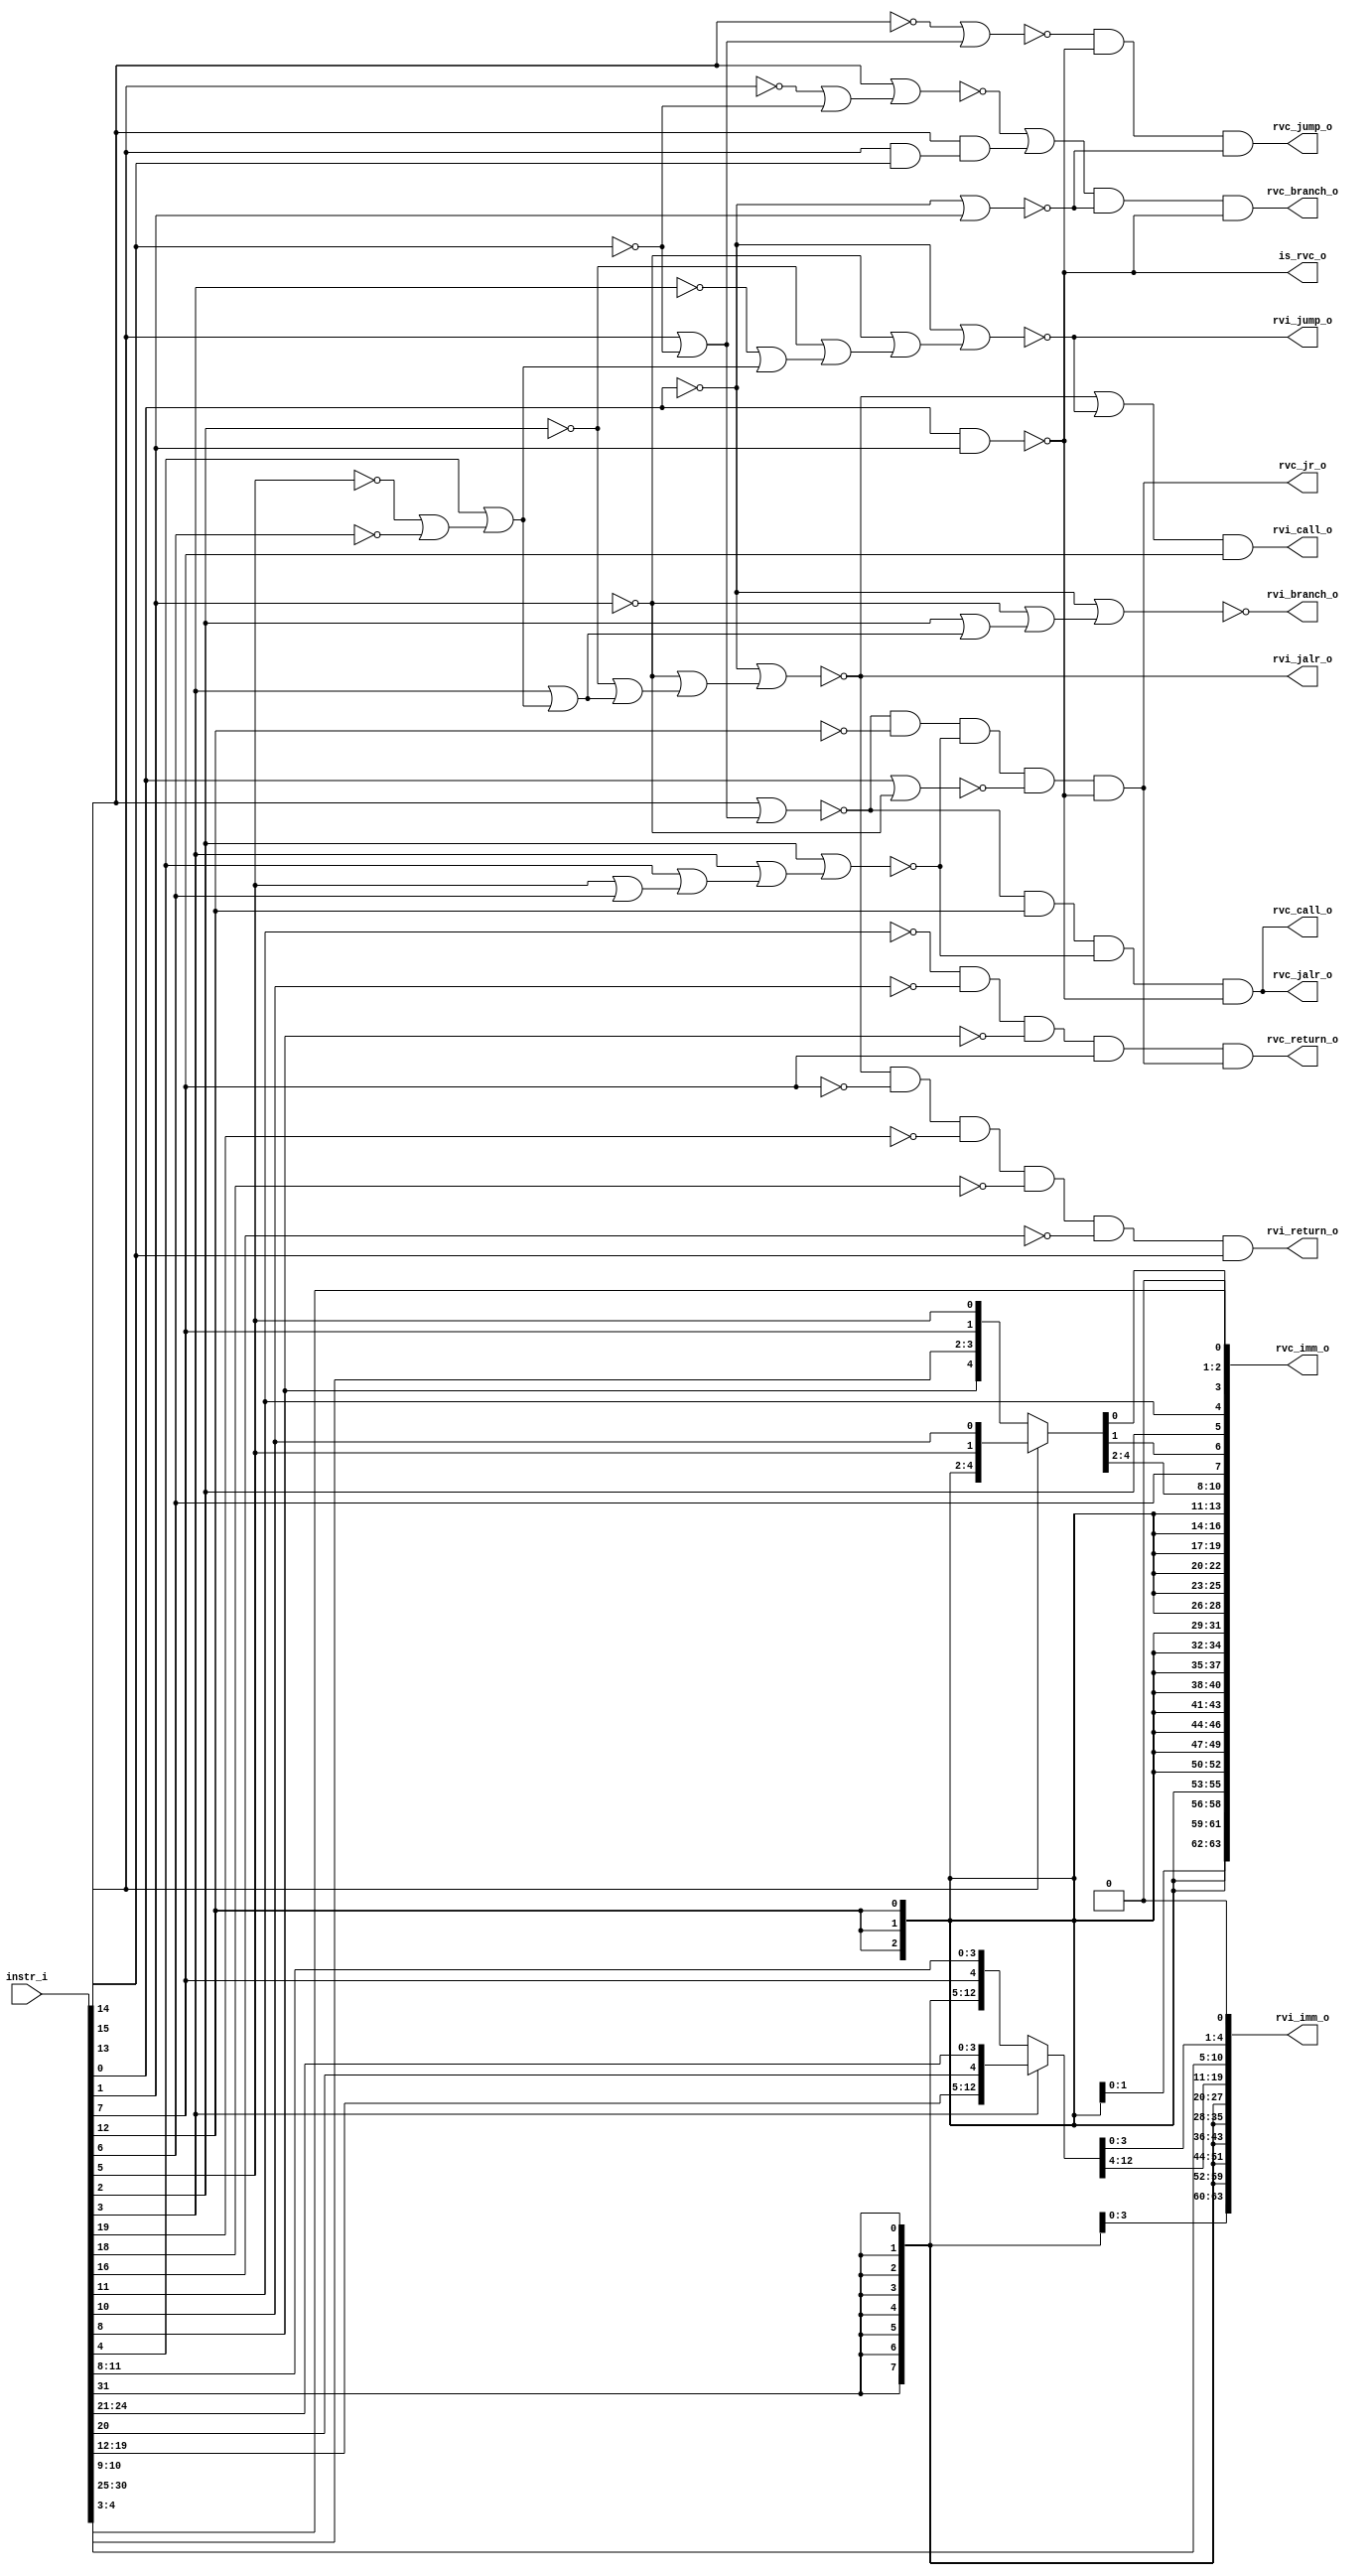
module instr_scan
(
  instr_i,
  is_rvc_o,
  rvi_return_o,
  rvi_call_o,
  rvi_branch_o,
  rvi_jalr_o,
  rvi_jump_o,
  rvi_imm_o,
  rvc_branch_o,
  rvc_jump_o,
  rvc_jr_o,
  rvc_return_o,
  rvc_jalr_o,
  rvc_call_o,
  rvc_imm_o
);

  input [31:0] instr_i;
  output [63:0] rvi_imm_o;
  output [63:0] rvc_imm_o;
  output is_rvc_o;
  output rvi_return_o;
  output rvi_call_o;
  output rvi_branch_o;
  output rvi_jalr_o;
  output rvi_jump_o;
  output rvc_branch_o;
  output rvc_jump_o;
  output rvc_jr_o;
  output rvc_return_o;
  output rvc_jalr_o;
  output rvc_call_o;
  wire [63:0] rvi_imm_o,rvc_imm_o;
  wire is_rvc_o,rvi_return_o,rvi_call_o,rvi_branch_o,rvi_jalr_o,rvi_jump_o,
  rvc_branch_o,rvc_jump_o,rvc_jr_o,rvc_return_o,rvc_jalr_o,rvc_call_o,N0,N1,rvc_jalr_o,N2,N3,
  N4,N5,N6,N7,N8,N9,N10,N11,N12,N13,N14,N15,N16,N17,N18,N19,N20,N21,N22,N23,N24,
  N25,N26,N27,N28,N29,N30,N31,N32,N33,N35,N36,N37,N38,N39,N40,N41,N42,N43,N44,N45,
  N46,N47,N48,N49,N50,N51,N52,N53,N54,N55,N56,N57,N58,N59,N60,N61,N62,N63,N64,N65,
  N66,N67,N68,N69,N70,N71,N72,N73,N74,N75,N76,N77,N78,N79,N80,N81,N82,N83;
  assign rvc_imm_o[0] = 1'b0;
  assign rvi_imm_o[0] = 1'b0;
  assign rvi_imm_o[20] = instr_i[31];
  assign rvi_imm_o[21] = instr_i[31];
  assign rvi_imm_o[22] = instr_i[31];
  assign rvi_imm_o[23] = instr_i[31];
  assign rvi_imm_o[24] = instr_i[31];
  assign rvi_imm_o[25] = instr_i[31];
  assign rvi_imm_o[26] = instr_i[31];
  assign rvi_imm_o[27] = instr_i[31];
  assign rvi_imm_o[28] = instr_i[31];
  assign rvi_imm_o[29] = instr_i[31];
  assign rvi_imm_o[30] = instr_i[31];
  assign rvi_imm_o[31] = instr_i[31];
  assign rvi_imm_o[32] = instr_i[31];
  assign rvi_imm_o[33] = instr_i[31];
  assign rvi_imm_o[34] = instr_i[31];
  assign rvi_imm_o[35] = instr_i[31];
  assign rvi_imm_o[36] = instr_i[31];
  assign rvi_imm_o[37] = instr_i[31];
  assign rvi_imm_o[38] = instr_i[31];
  assign rvi_imm_o[39] = instr_i[31];
  assign rvi_imm_o[40] = instr_i[31];
  assign rvi_imm_o[41] = instr_i[31];
  assign rvi_imm_o[42] = instr_i[31];
  assign rvi_imm_o[43] = instr_i[31];
  assign rvi_imm_o[44] = instr_i[31];
  assign rvi_imm_o[45] = instr_i[31];
  assign rvi_imm_o[46] = instr_i[31];
  assign rvi_imm_o[47] = instr_i[31];
  assign rvi_imm_o[48] = instr_i[31];
  assign rvi_imm_o[49] = instr_i[31];
  assign rvi_imm_o[50] = instr_i[31];
  assign rvi_imm_o[51] = instr_i[31];
  assign rvi_imm_o[52] = instr_i[31];
  assign rvi_imm_o[53] = instr_i[31];
  assign rvi_imm_o[54] = instr_i[31];
  assign rvi_imm_o[55] = instr_i[31];
  assign rvi_imm_o[56] = instr_i[31];
  assign rvi_imm_o[57] = instr_i[31];
  assign rvi_imm_o[58] = instr_i[31];
  assign rvi_imm_o[59] = instr_i[31];
  assign rvi_imm_o[60] = instr_i[31];
  assign rvi_imm_o[61] = instr_i[31];
  assign rvi_imm_o[62] = instr_i[31];
  assign rvi_imm_o[63] = instr_i[31];
  assign rvi_imm_o[10] = instr_i[30];
  assign rvi_imm_o[9] = instr_i[29];
  assign rvi_imm_o[8] = instr_i[28];
  assign rvi_imm_o[7] = instr_i[27];
  assign rvi_imm_o[6] = instr_i[26];
  assign rvi_imm_o[5] = instr_i[25];
  assign rvc_imm_o[11] = instr_i[12];
  assign rvc_imm_o[12] = instr_i[12];
  assign rvc_imm_o[13] = instr_i[12];
  assign rvc_imm_o[14] = instr_i[12];
  assign rvc_imm_o[15] = instr_i[12];
  assign rvc_imm_o[16] = instr_i[12];
  assign rvc_imm_o[17] = instr_i[12];
  assign rvc_imm_o[18] = instr_i[12];
  assign rvc_imm_o[19] = instr_i[12];
  assign rvc_imm_o[20] = instr_i[12];
  assign rvc_imm_o[21] = instr_i[12];
  assign rvc_imm_o[22] = instr_i[12];
  assign rvc_imm_o[23] = instr_i[12];
  assign rvc_imm_o[24] = instr_i[12];
  assign rvc_imm_o[25] = instr_i[12];
  assign rvc_imm_o[26] = instr_i[12];
  assign rvc_imm_o[27] = instr_i[12];
  assign rvc_imm_o[28] = instr_i[12];
  assign rvc_imm_o[29] = instr_i[12];
  assign rvc_imm_o[30] = instr_i[12];
  assign rvc_imm_o[31] = instr_i[12];
  assign rvc_imm_o[32] = instr_i[12];
  assign rvc_imm_o[33] = instr_i[12];
  assign rvc_imm_o[34] = instr_i[12];
  assign rvc_imm_o[35] = instr_i[12];
  assign rvc_imm_o[36] = instr_i[12];
  assign rvc_imm_o[37] = instr_i[12];
  assign rvc_imm_o[38] = instr_i[12];
  assign rvc_imm_o[39] = instr_i[12];
  assign rvc_imm_o[40] = instr_i[12];
  assign rvc_imm_o[41] = instr_i[12];
  assign rvc_imm_o[42] = instr_i[12];
  assign rvc_imm_o[43] = instr_i[12];
  assign rvc_imm_o[44] = instr_i[12];
  assign rvc_imm_o[45] = instr_i[12];
  assign rvc_imm_o[46] = instr_i[12];
  assign rvc_imm_o[47] = instr_i[12];
  assign rvc_imm_o[48] = instr_i[12];
  assign rvc_imm_o[49] = instr_i[12];
  assign rvc_imm_o[50] = instr_i[12];
  assign rvc_imm_o[51] = instr_i[12];
  assign rvc_imm_o[52] = instr_i[12];
  assign rvc_imm_o[53] = instr_i[12];
  assign rvc_imm_o[54] = instr_i[12];
  assign rvc_imm_o[55] = instr_i[12];
  assign rvc_imm_o[56] = instr_i[12];
  assign rvc_imm_o[57] = instr_i[12];
  assign rvc_imm_o[58] = instr_i[12];
  assign rvc_imm_o[59] = instr_i[12];
  assign rvc_imm_o[60] = instr_i[12];
  assign rvc_imm_o[61] = instr_i[12];
  assign rvc_imm_o[62] = instr_i[12];
  assign rvc_imm_o[63] = instr_i[12];
  assign rvc_imm_o[7] = instr_i[6];
  assign rvc_imm_o[5] = instr_i[2];
  assign rvc_imm_o[4] = instr_i[11];
  assign rvc_imm_o[2] = instr_i[4];
  assign rvc_imm_o[1] = instr_i[3];
  assign rvc_call_o = rvc_jalr_o;
  assign N4 = ~instr_i[15];
  assign N5 = ~instr_i[14];
  assign N6 = N5 | N4;
  assign N7 = instr_i[13] | N6;
  assign N8 = ~N7;
  assign N9 = instr_i[14] & instr_i[15];
  assign N10 = instr_i[13] & N9;
  assign N11 = ~instr_i[0];
  assign N12 = N11 | instr_i[1];
  assign N13 = ~N12;
  assign N14 = ~instr_i[13];
  assign N15 = instr_i[14] | N4;
  assign N16 = N14 | N15;
  assign N17 = ~N16;
  assign N18 = instr_i[13] | N15;
  assign N19 = ~N18;
  assign N20 = instr_i[5] | instr_i[6];
  assign N21 = instr_i[4] | N20;
  assign N22 = instr_i[3] | N21;
  assign N23 = instr_i[2] | N22;
  assign N24 = ~N23;
  assign N25 = instr_i[5] | instr_i[6];
  assign N26 = instr_i[4] | N25;
  assign N27 = instr_i[3] | N26;
  assign N28 = instr_i[2] | N27;
  assign N29 = ~N28;
  assign N30 = ~instr_i[1];
  assign N31 = instr_i[0] | N30;
  assign N32 = ~N31;
  assign N33 = instr_i[0] & instr_i[1];
  assign is_rvc_o = ~N33;
  assign N35 = ~instr_i[6];
  assign N36 = ~instr_i[5];
  assign N37 = N36 | N35;
  assign N38 = instr_i[4] | N37;
  assign N39 = instr_i[3] | N38;
  assign N40 = instr_i[2] | N39;
  assign N41 = N30 | N40;
  assign N42 = N11 | N41;
  assign N43 = ~N42;
  assign N44 = ~instr_i[2];
  assign N45 = N36 | N35;
  assign N46 = instr_i[4] | N45;
  assign N47 = instr_i[3] | N46;
  assign N48 = N44 | N47;
  assign N49 = N30 | N48;
  assign N50 = N11 | N49;
  assign N51 = ~N50;
  assign N52 = ~instr_i[3];
  assign N53 = N36 | N35;
  assign N54 = instr_i[4] | N53;
  assign N55 = N52 | N54;
  assign N56 = N44 | N55;
  assign N57 = N30 | N56;
  assign N58 = N11 | N57;
  assign N59 = ~N58;
  assign { rvi_imm_o[19:11], rvi_imm_o[4:1] } = (N0)? { instr_i[19:12], instr_i[20:20], instr_i[24:21] } : 
                                                (N2)? { instr_i[31:31], instr_i[31:31], instr_i[31:31], instr_i[31:31], instr_i[31:31], instr_i[31:31], instr_i[31:31], instr_i[31:31], instr_i[7:7], instr_i[11:8] } : 1'b0;
  assign N0 = instr_i[3];
  assign { rvc_imm_o[10:8], rvc_imm_o[6:6], rvc_imm_o[3:3] } = (N1)? { instr_i[12:12], instr_i[12:12], instr_i[12:12], instr_i[5:5], instr_i[10:10] } : 
                                                               (N3)? { instr_i[8:8], instr_i[10:9], instr_i[7:7], instr_i[5:5] } : 1'b0;
  assign N1 = instr_i[14];
  assign rvi_return_o = N67 & instr_i[15];
  assign N67 = N65 & N66;
  assign N65 = N63 & N64;
  assign N63 = N61 & N62;
  assign N61 = rvi_jalr_o & N60;
  assign N60 = ~instr_i[7];
  assign N62 = ~instr_i[19];
  assign N64 = ~instr_i[18];
  assign N66 = ~instr_i[16];
  assign rvi_call_o = N68 & instr_i[7];
  assign N68 = rvi_jalr_o | rvi_jump_o;
  assign N2 = ~instr_i[3];
  assign rvi_branch_o = N43;
  assign rvi_jalr_o = N51;
  assign rvi_jump_o = N59;
  assign rvc_jump_o = N69 & N13;
  assign N69 = N17 & is_rvc_o;
  assign rvc_jr_o = N73 & is_rvc_o;
  assign N73 = N72 & N32;
  assign N72 = N71 & N29;
  assign N71 = N19 & N70;
  assign N70 = ~instr_i[12];
  assign rvc_branch_o = N75 & is_rvc_o;
  assign N75 = N74 & N13;
  assign N74 = N8 | N10;
  assign rvc_return_o = N81 & rvc_jr_o;
  assign N81 = N80 & instr_i[7];
  assign N80 = N78 & N79;
  assign N78 = N76 & N77;
  assign N76 = ~instr_i[11];
  assign N77 = ~instr_i[10];
  assign N79 = ~instr_i[8];
  assign rvc_jalr_o = N83 & is_rvc_o;
  assign N83 = N82 & N24;
  assign N82 = N19 & instr_i[12];
  assign N3 = ~instr_i[14];

endmodule